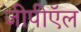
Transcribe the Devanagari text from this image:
जीपीऍल